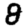
Digit: 8